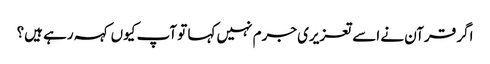
اگر قرآن نے اسے تعزیری جرم نہیں کہا تو آپ کیوں کہہ رہے ہیں؟